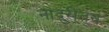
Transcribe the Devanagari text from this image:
नांदुरीतून